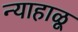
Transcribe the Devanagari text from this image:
न्याहाळू